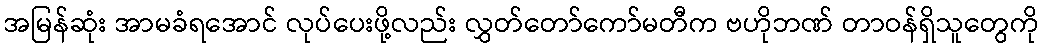
အမြန်ဆုံး အာမခံရအောင် လုပ်ပေးဖို့လည်း လွှတ်တော်ကော်မတီက ဗဟိုဘဏ် တာဝန်ရှိသူတွေကို